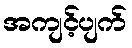
အကျင့်ပျက်